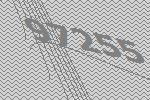
97255